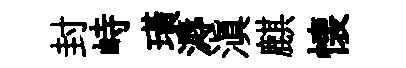
封峙璜溽滇麒懐